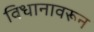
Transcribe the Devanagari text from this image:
विधानावरून